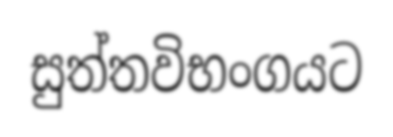
සුත්තවිභංගයට